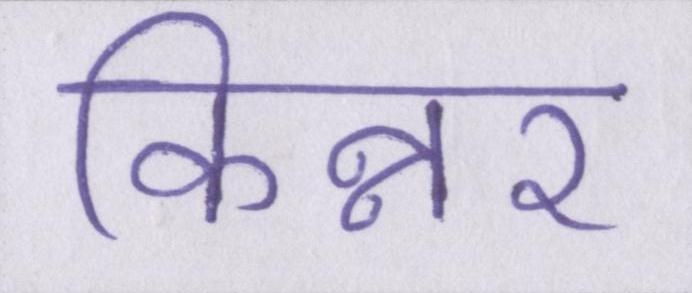
किन्नर